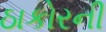
ઠાકોરની